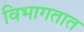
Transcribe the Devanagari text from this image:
विभागतात